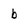
Character: b